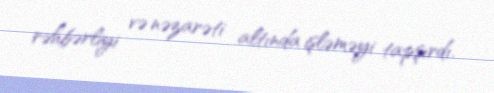
rəhbərliyi və nəzarəti altında işləməyi tapşırdı.